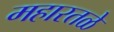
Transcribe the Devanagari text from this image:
महारतळे